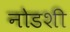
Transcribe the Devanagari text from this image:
नोडशी